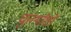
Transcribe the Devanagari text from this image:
चुतर्थांशों